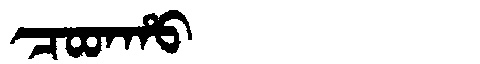
Manchu: ᠴᠣᡨᡥᠣ
Romanization: COTHO